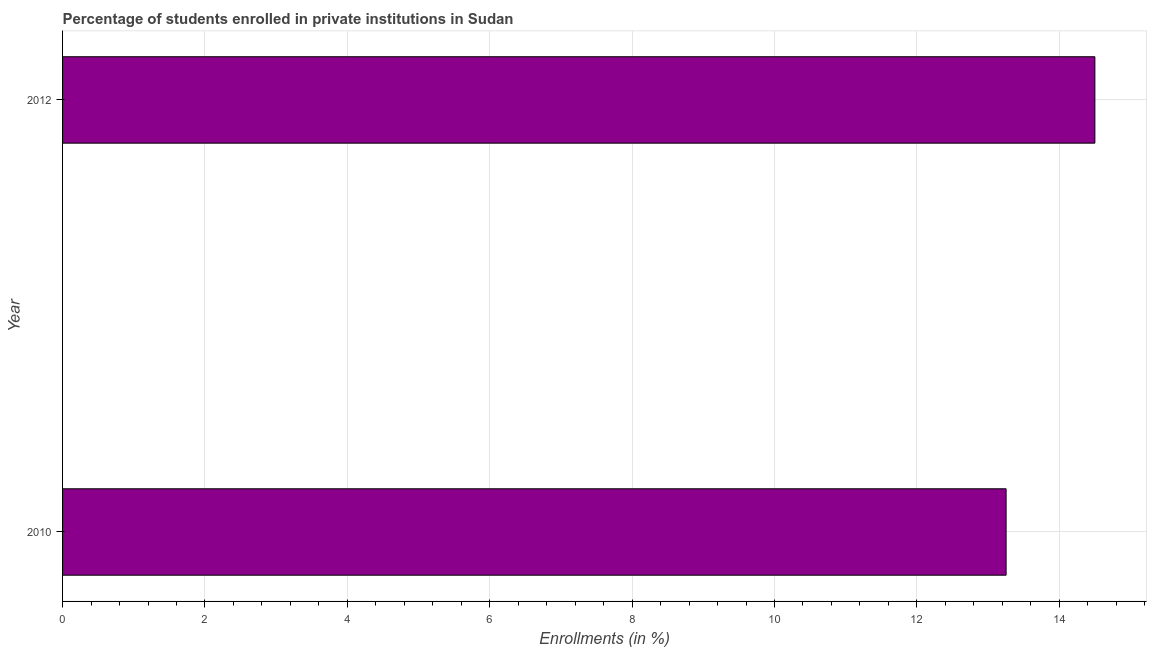
| Year | Enrollments |
 | --- | --- |
 | 2010 | 13.3 |
 | 2012 | 14.5 |